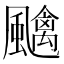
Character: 𱃎